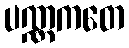
ပဏ္ဏကတေ